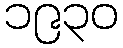
၁၉၃၀